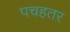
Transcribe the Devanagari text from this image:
पचहतर